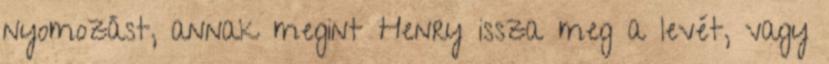
nyomozást, annak megint Henry issza meg a levét, vagy